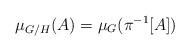
LaTeX: \begin{align*} \mu_{G/H}(A) = \mu_G(\pi^{-1}[A])\end{align*}